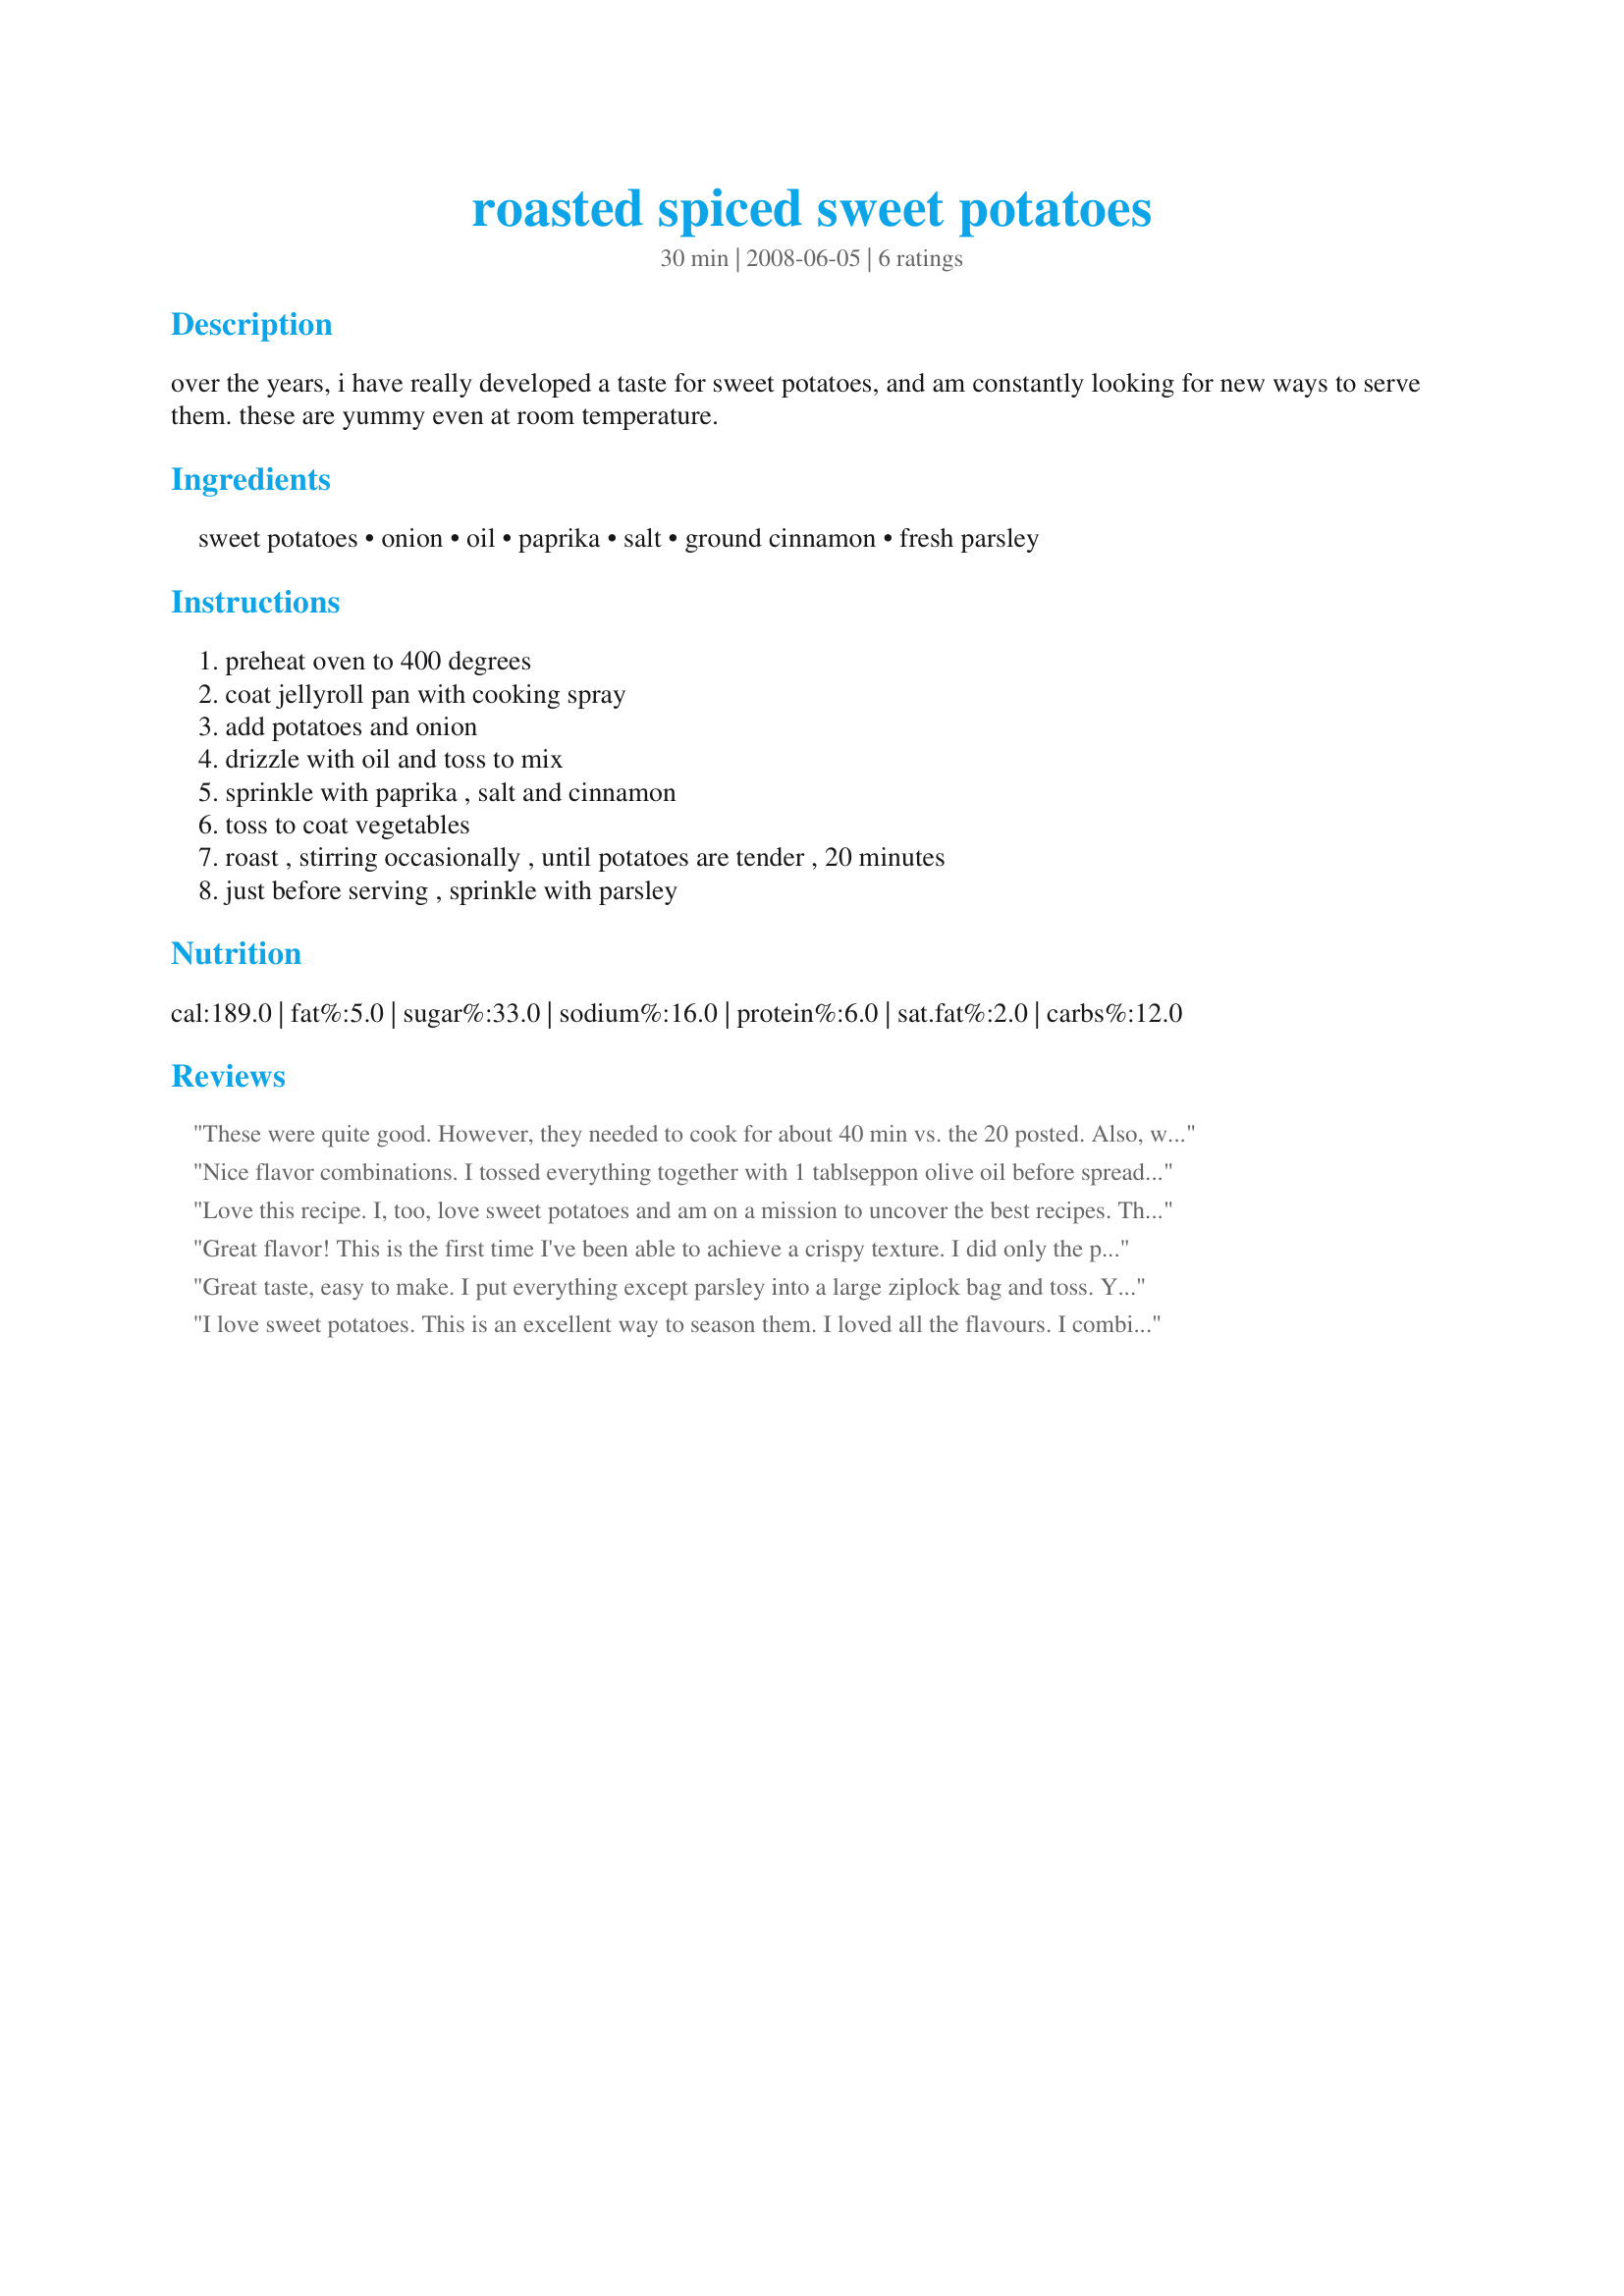
roasted spiced sweet potatoes
Preparation time: 30 minutes

over the years, i have really developed a taste for sweet potatoes, and am constantly looking for new ways to serve them. these are yummy even at room temperature.

Ingredients:
sweet potatoes, onion, oil, paprika, salt, ground cinnamon, fresh parsley

Steps:
preheat oven to 400 degrees, coat jellyroll pan with cooking spray, add potatoes and onion, drizzle with oil and toss to mix, sprinkle with paprika , salt and cinnamon, toss to coat vegetables, roast , stirring occasionally , until potatoes are tender , 20 minutes, just before serving , sprinkle with parsley

Reviews:
These were quite good. However, they needed to cook for about 40 min vs. the 20 posted. Also, was not really a fan of the cinnamon. However, having said this, these are good sweet potatoes. LOVED the onion with them. Will revisit this recipe omitting the cinamon.
Nice flavor combinations. I tossed everything together with 1 tablseppon olive oil before spreading it on the sheet. I also cooked them on parchment so they wouldn't stick. Also, I doubled the amount of paprika and cinnamon so the flavors would be a bit stronger.
Love this recipe. I, too, love sweet potatoes and am on a mission to uncover the best recipes. This is one of them! Thanks, JackieOhNo! Made for PAC Fall 2012.
Great flavor! This is the first time I've been able to achieve a crispy texture. I did only the potatoes, no onion. I first peeled and sliced the potatoes (like ranch fries) and soaked them in cold water for about an hour. Drained and dried them, put back in the bowl and tossed with 1 tablespoon olive oil, and sprinkled with cinnamon and paprika, plus added a tablespoon of brown sugar and tossed. Baked them on foil lined (and sprayed) cookie sheet for 38 minutes, turning every 10 minutes. They turned out great! Thanks Jackie for a great recipe!
Great taste, easy to make. I put everything except parsley into a large ziplock bag and toss. Yummy. Thank you for a great recipe.
I love sweet potatoes. This is an excellent way to season them. I loved all the flavours. I combined the oil and seasonings in a large bowl before placing on the baking tray. Thanks for sharing.
